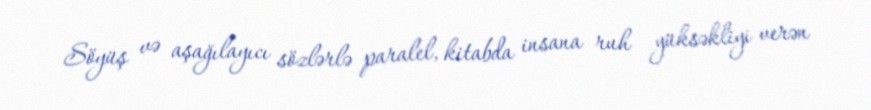
Söyüş və aşağılayıcı sözlərlə paralel, kitabda insana ruh yüksəkliyi verən